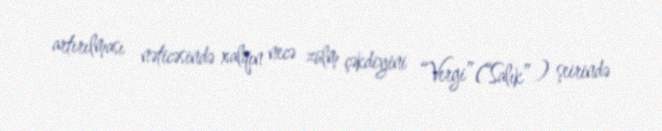
artırılması nəticəsində xalqın necə zülm çəkdiyini “Vergi”(“Salık” ) şeirində